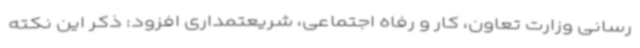
رسانی وزارت تعاون، کار و رفاه اجتماعی، شریعتمداری افزود: ذکر این نکته